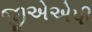
જીએએપી